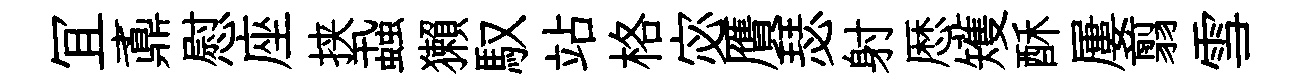
冝鼒慰座挟蝨獺馭站格宓贋瑟射厯矱酥屢翦雪